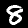
Label: 8